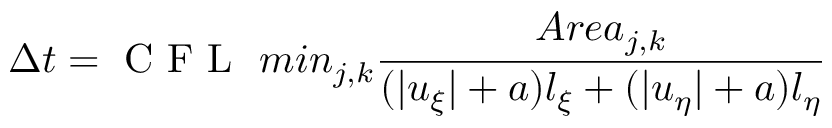
\Delta t = \mathrm { ~ C ~ F ~ L ~ } \ m i n _ { j , k } \frac { A r e a _ { j , k } } { ( | u _ { \xi } | + a ) l _ { \xi } + ( | u _ { \eta } | + a ) l _ { \eta } }